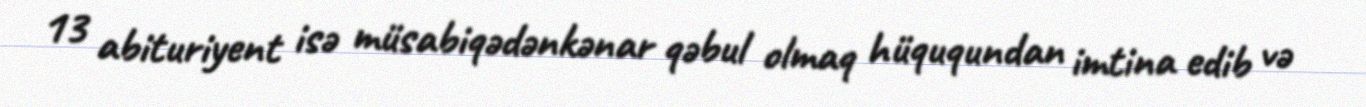
13 abituriyent isə müsabiqədənkənar qəbul olmaq hüququndan imtina edib və